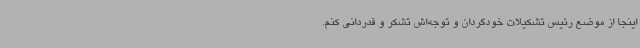
اینجا از موضع رئیس تشکیلات خودگردان و توجه‌اش تشکر و قدردانی کنم.